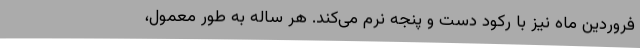
فروردین ماه نیز با رکود دست و پنجه نرم می‌کند. هر ساله به طور معمول،